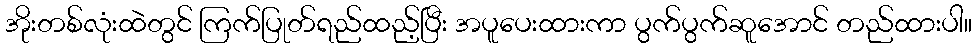
အိုးတစ်လုံးထဲတွင် ကြက်ပြုတ်ရည်ထည့်ပြီး အပူပေးထားကာ ပွက်ပွက်ဆူအောင် တည်ထားပါ။